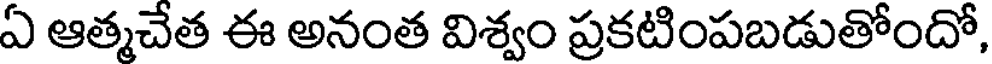
ఏ ఆత్మచేత ఈ అనంత విశ్వం ప్రకటింపబడుతోందో,